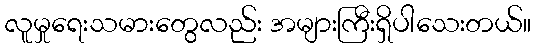
လူမှုရေးသမားတွေလည်း အများကြီးရှိပါသေးတယ်။